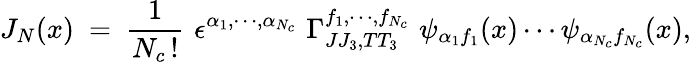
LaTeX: J_{N}(x)\ =\ \frac{1}{N_{c}\, !}\, \, \epsilon^{\alpha_{1},\cdots,\alpha_{N_{c}}}\, \, \Gamma_{JJ_{3},TT_{3}}^{f_{1},\cdots,f_{N_{c}}}\, \, \psi_{\alpha_{1}f_{1}}(x)\cdots\psi_{\alpha_{N_{c}}f_{N_{c}}}(x),